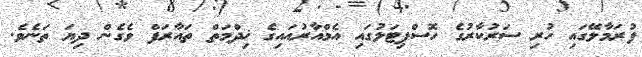
ފުރަމާލޭގައި ހުރި ސަރުކާރުގެ ހޮސްޕިޓަލުގައި އެމްއާރުއައިގެ ޚިދްމަތް ތައާރަފް ވެގެން ދިޔަ ތަނެވެ.